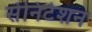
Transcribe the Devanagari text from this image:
सेनिटेशन